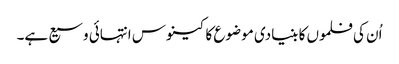
اُن کی فلموں کا بنیادی موضوع کا کینوس انتہائی وسیع ہے۔